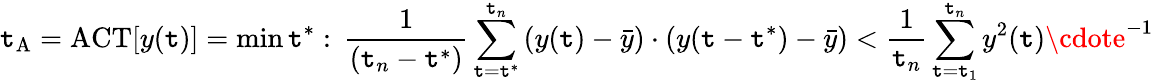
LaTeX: \mathtt{t}_{\mathrm{{A}}}=\mathrm{{ACT}}[y(\mathtt{t})]=\mathrm{{min}}\, \mathtt{t}^{\ast}:\, \frac{{1}}{{(\mathtt{t}_{n}-\mathtt{t}^{\ast})}}\sum_{\mathtt{t}=\mathtt{t}^{\ast}}^{\mathtt{t}_{n}}\left(y(\mathtt{t})-\bar{{y}}\right)\cdot\left(y(\mathtt{t}-\mathtt{t}^{\ast}\right)-\bar{{y}})<\frac{{1}}{{\mathtt{t}_{n}}}\sum_{\mathtt{t}=\mathtt{t}_{1}}^{\mathtt{t}_{n}}y^{2}(\mathtt{t})\cdote^{-1}